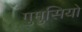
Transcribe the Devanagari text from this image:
गुमुसियो